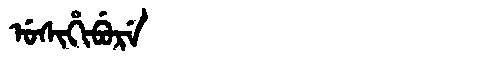
Manchu: ᡠᠰᡳᡥᡳᠪᡠᡵᡝ
Romanization: USIHIBURE